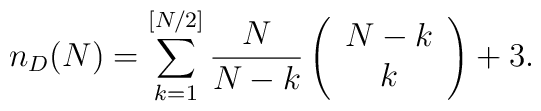
n_D(N)=\sum_{k=1}^{[N/2]} \frac{N}{N-k}\left(\begin{array}{c}N-k \\k\end{array}\right)+3.